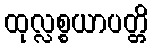
ထုလ္လစ္စယာပတ္တိ